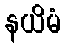
နယိမံ